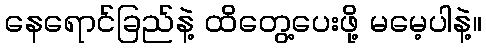
နေရောင်ခြည်နဲ့ ထိတွေ့ပေးဖို့ မမေ့ပါနဲ့။